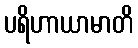
ပရိဟာယာမာတိ